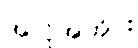
အလိုအတိုင်း